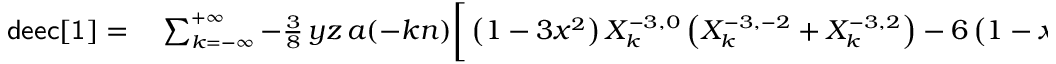
\small \begin{array} { r l } { { \sf d e e c [ 1 ] } = } & { { } \sum _ { k = - \infty } ^ { + \infty } - \frac 3 8 \, y z \, a ( - k n ) \bigg [ \left( 1 - 3 x ^ { 2 } \right) X _ { k } ^ { - 3 , 0 } \left( X _ { k } ^ { - 3 , - 2 } + X _ { k } ^ { - 3 , 2 } \right) - 6 \left( 1 - x ^ { 2 } - 2 y ^ { 2 } \right) X _ { k } ^ { - 3 , 2 } X _ { k } ^ { - 3 , - 2 } \bigg ] } \end{array}